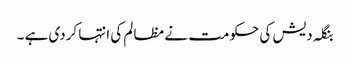
بنگلہ دیش کی حکومت نے مظالم کی انتہا کردی ہے ۔